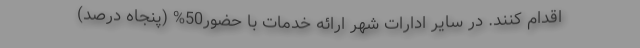
اقدام کنند. در سایر ادارات شهر ارائه خدمات با حضور50% (پنجاه درصد)